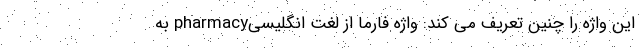
این واژه را چنین تعریف می کند: واژه فارما از لغت انگلیسیpharmacy به